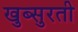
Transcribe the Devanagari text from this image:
खुब्सुरती